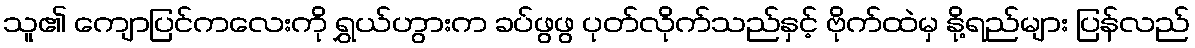
သူ၏ ကျောပြင်ကလေးကို ရွှယ်ဟွားက ခပ်ဖွဖွ ပုတ်လိုက်သည်နှင့် ဗိုက်ထဲမှ နို့ရည်များ ပြန်လည်